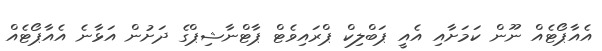
އެއާޕޯޓެއް ނޫން ކަމަށާއި އެއީ ޕަބްލިކް ޕްރައިވެޓް ޕާޓްނާޝިޕްގެ ދަށުން އަޅާނެ އެއާޕޯޓެއް